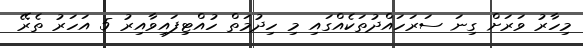
މިހާރު ވަރަށް ގިނަ ސަރަހައްދުތަކެއްގައި މި ހިދުމަތް ހުއްޓިފައިވާއިރު 5 އަހަރު ތެރޭ